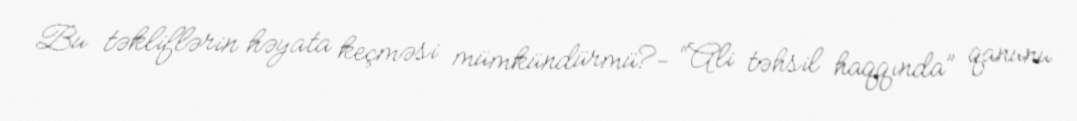
Bu təkliflərin həyata keçməsi mümkündürmü?- “Ali təhsil haqqında” qanunu